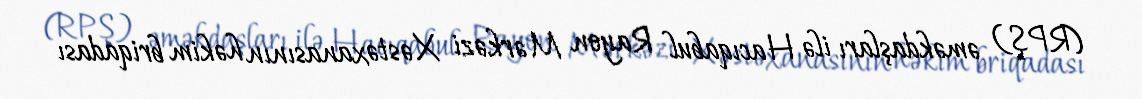
(RPŞ) əməkdaşları ilə Hacıqabul Rayon Mərkəzi Xəstəxanasının həkim briqadası